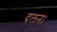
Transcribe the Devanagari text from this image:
दलन।